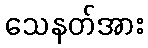
သေနတ်အား